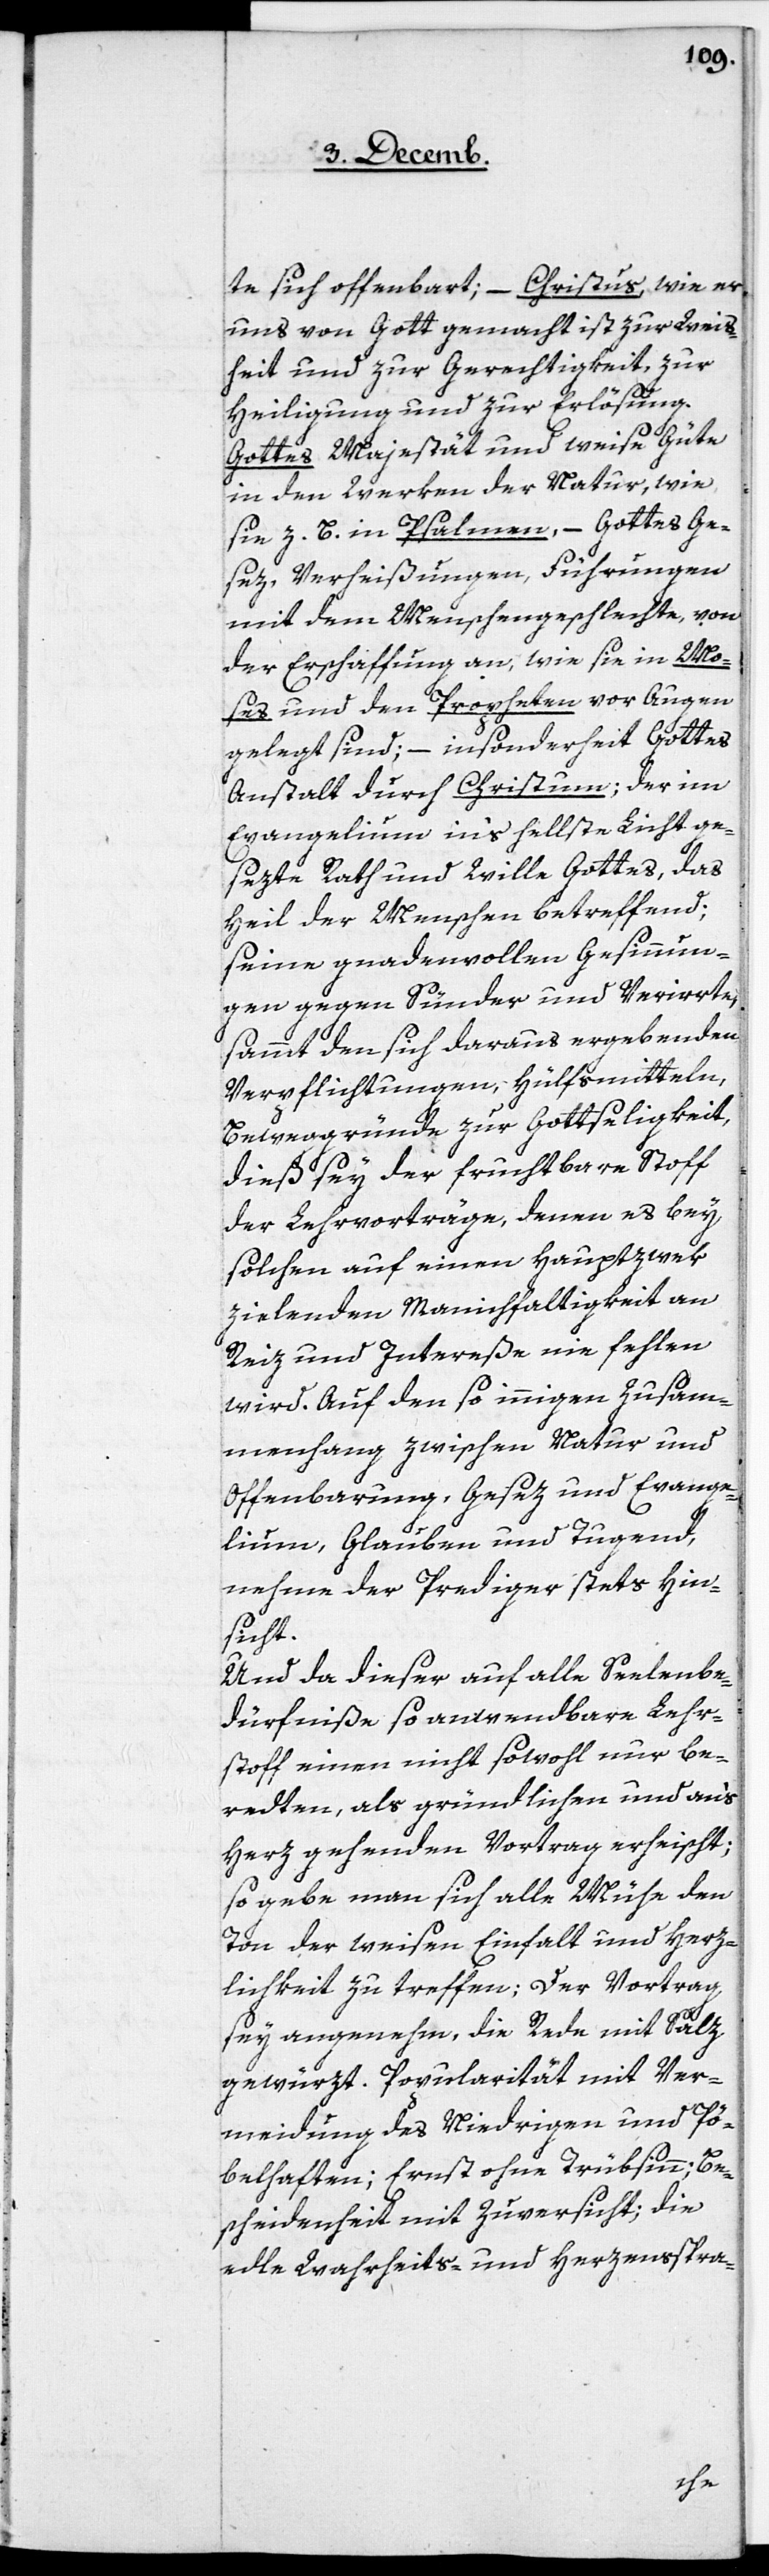
Christus, wie er
te sich offenbart;
uns von Gott gemacht ist zur Weis¬
heit und zur Gerechtigkeit, zur
Heiligung und zur Erlösung.
Gottes Majestät und weise Güte
in den Werken der Natur, wie
sie z. B. in Psalmen, – Gottes Ge¬
sez, Verheißungen, Führungen
mit dem Menschengeschlechte, von
der Erschaffung an, wie sie in Mo¬
ses und den Propheten vor Augen
gelegt sind; – insonderheit Gottes
Anstalt durch Christum; der im
Evangelium in‘s hellste Licht ge¬
sezte Rath und Wille Gottes, das
Heil der Menschen betreffend;
seine gnadenvollen Gesinnun¬
gen gegen Sünder und Verirrte,
sammt den sich daraus ergebenden
Verpflichtungen, Hülfsmitteln,
Beweggründe zur Gottseligkeit,
dieß sey der fruchtbare Stoff
der Lehrvorträge, denen es bey
solchen auf einen Haupzwek
zielenden Mannigfaltigkeit an
Reiz und Intereße nie fehlen
wird. Auf den so innigen Zusam¬
menhang zwischen Natur und
Offenbarung, Gesez und Evange¬
lium, Glauben und Tugend,
nehme der Prediger stets Hin¬
sicht.
Und da dieser auf alle Seelenbe¬
dürfniße so anwendbare Lehr¬
stoff einen nicht sowohl nur be¬
redten, als gründlichen und an‘s
Herz gehenden Vortrag erheischt;
so gebe man sich alle Mühe den
Ton der weisen Einfalt und Herz¬
lichkeit zu treffen; Der Vortrag
sey angenehm, die Rede mit Salz
gewürzt. Popularität mit Ver¬
meidung des Niedrigen und Pö¬
belhaften; Ernst ohne Trübsinn; Be¬
scheidenheit mit Zuversicht; die
edle Wahrheits- und Herzensspra-